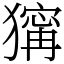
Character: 𤡺